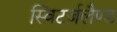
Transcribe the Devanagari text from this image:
स्विटर्जलैण्ड